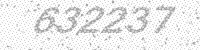
Solution: 632237